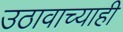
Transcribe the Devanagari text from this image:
उठावाच्याही